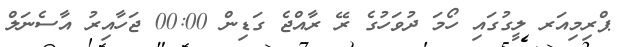
ޕްރިމިއަރ ލީގުގައި ހޯމަ ދުވަހުގެ ރޭ ރާއްޖެ ގަޑިން 00:00 ޖަހާއިރު އާސެނަލް